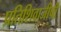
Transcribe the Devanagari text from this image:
प्रतिशिवाजीची